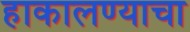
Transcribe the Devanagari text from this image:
हाकालण्याचा